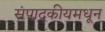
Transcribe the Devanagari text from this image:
संपादकीयमधून